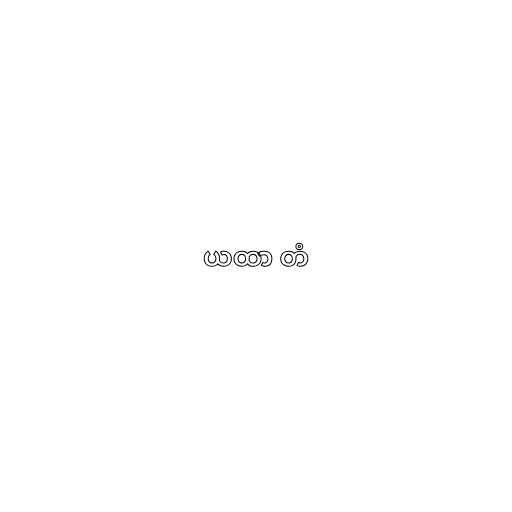
ယထာ တံ